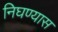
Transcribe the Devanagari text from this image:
निघण्यास